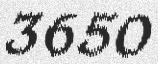
3650